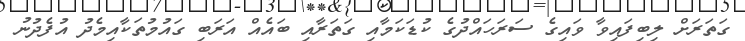
ގަތަރަށް ލިބިފައިވާ ވައިގެ ސަރަހައްދުގެ ކުޑަކަމާއި ގަތަރާއި ބައެއް އަރަބި ގައުމުތަކާއިމެދު އުފެދުނު